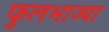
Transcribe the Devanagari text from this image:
फुलभाज्या